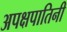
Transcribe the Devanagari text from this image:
अपक्षपातिनी